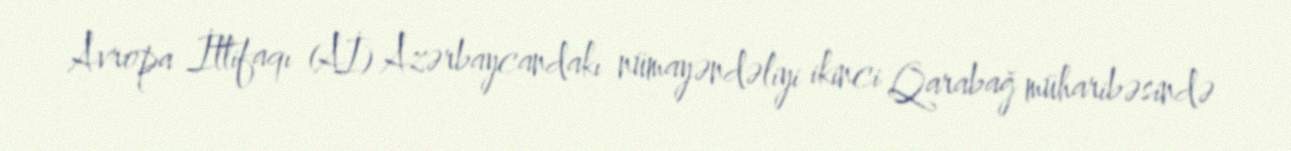
Avropa İttifaqı (Aİ) Azərbaycandakı nümayəndəliyi ikinci Qarabağ müharibəsində